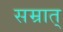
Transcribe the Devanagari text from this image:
सम्रात्